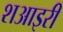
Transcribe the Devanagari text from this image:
शआइरी